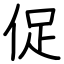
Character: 促